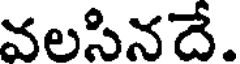
వలసినదే.